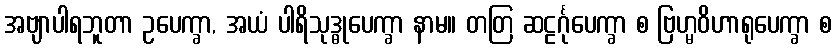
အဗျာပါရဘူတာ ဥပေက္ခာ, အယံ ပါရိသုဒ္ဓုပေက္ခာ နာမ။ တတြ ဆဠင်္ဂုပေက္ခာ စ ဗြဟ္မဝိဟာရုပေက္ခာ စ